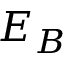
E _ { B }